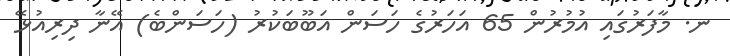
ނ. މާފަރުގައި އުމުރުން 65 އަހަރުގެ ހަސަން އަބޫބަކުރު (ހަސަންބެ) އޭނާ ދިރިއުޅޭ